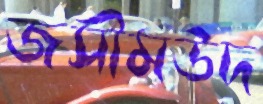
জসীমউদ